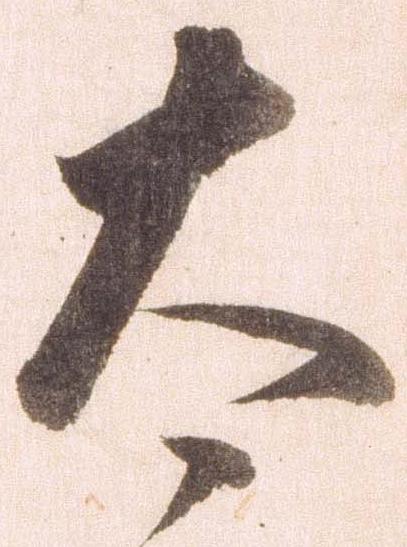
太